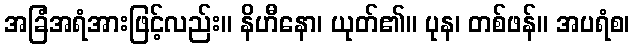
အခြံအရံအားဖြင့်လည်း။ နိဟီနော၊ ယုတ်၏။ ပုန၊ တစ်ဖန်။ အပရံစ၊